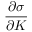
\frac { \partial \sigma } { \partial K }